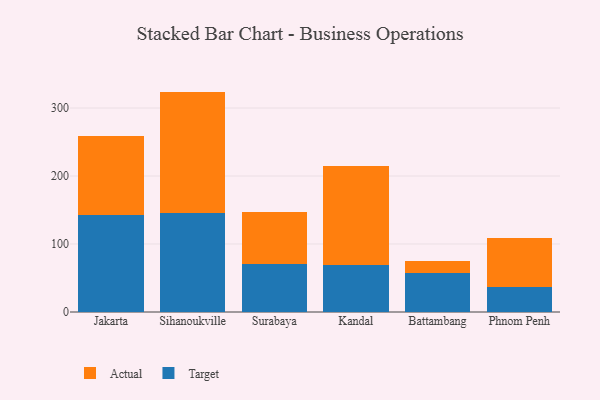
{"axis": {"x": "City", "y": "Market Share (%)"}, "legend": ["Actual", "Target"], "data": [{"x": "Jakarta", "y": 143.2, "type": "Target"}, {"x": "Jakarta", "y": 116.3, "type": "Actual"}, {"x": "Sihanoukville", "y": 145.3, "type": "Target"}, {"x": "Sihanoukville", "y": 178.8, "type": "Actual"}, {"x": "Surabaya", "y": 70.8, "type": "Target"}, {"x": "Surabaya", "y": 76.8, "type": "Actual"}, {"x": "Kandal", "y": 68.4, "type": "Target"}, {"x": "Kandal", "y": 145.6, "type": "Actual"}, {"x": "Battambang", "y": 57.9, "type": "Target"}, {"x": "Battambang", "y": 16.4, "type": "Actual"}, {"x": "Phnom Penh", "y": 36.9, "type": "Target"}, {"x": "Phnom Penh", "y": 71.8, "type": "Actual"}]}